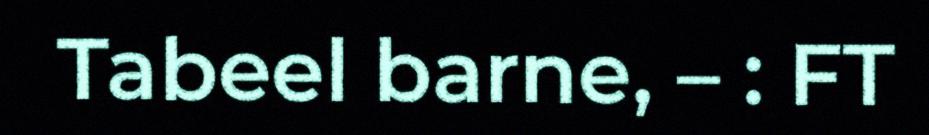
Tabeel barne, – : FT